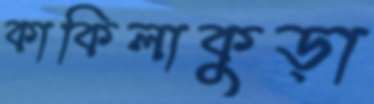
কাকিলাকুড়া